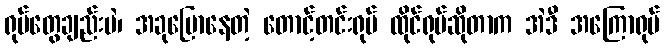
ရုပ်တွေချည်းပဲ၊ အခုပြောနေတဲ့ တောင့်တင်းရုပ် ထိုင်ရုပ်ဆိုတာက အဲဒီ အကြောရုပ်